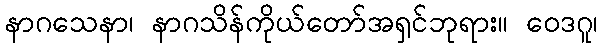
နာဂသေနာ၊ နာဂသိန်ကိုယ်တော်အရှင်ဘုရား။ ဝေဒဂူ၊